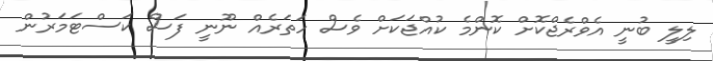
ލިލީ ބުނީ އެވްރެޖްކޮށް ކޮންމެ ކުއްޖަކަށް ވެސް ހަތަރެއް ނޫނީ ފަސް ކަސްޓަމަރުން